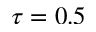
\tau = 0 . 5